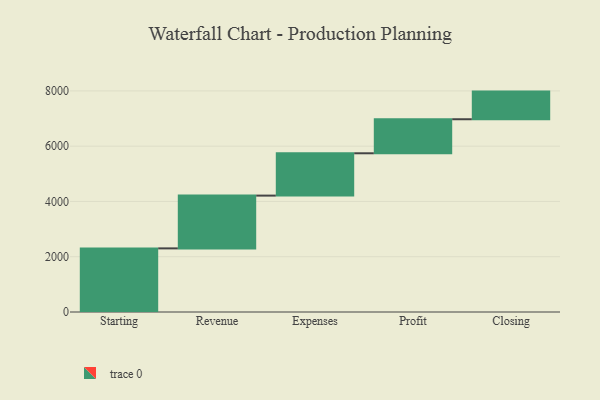
{"axis": {"x": "Step", "y": "Value"}, "legend": [""], "data": [{"x": "Starting", "y": 2302.0, "type": ""}, {"x": "Revenue", "y": 1910.0, "type": ""}, {"x": "Expenses", "y": 1531.0, "type": ""}, {"x": "Profit", "y": 1232.0, "type": ""}, {"x": "Closing", "y": 1000, "type": ""}]}